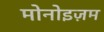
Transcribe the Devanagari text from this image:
मोनोइज़म